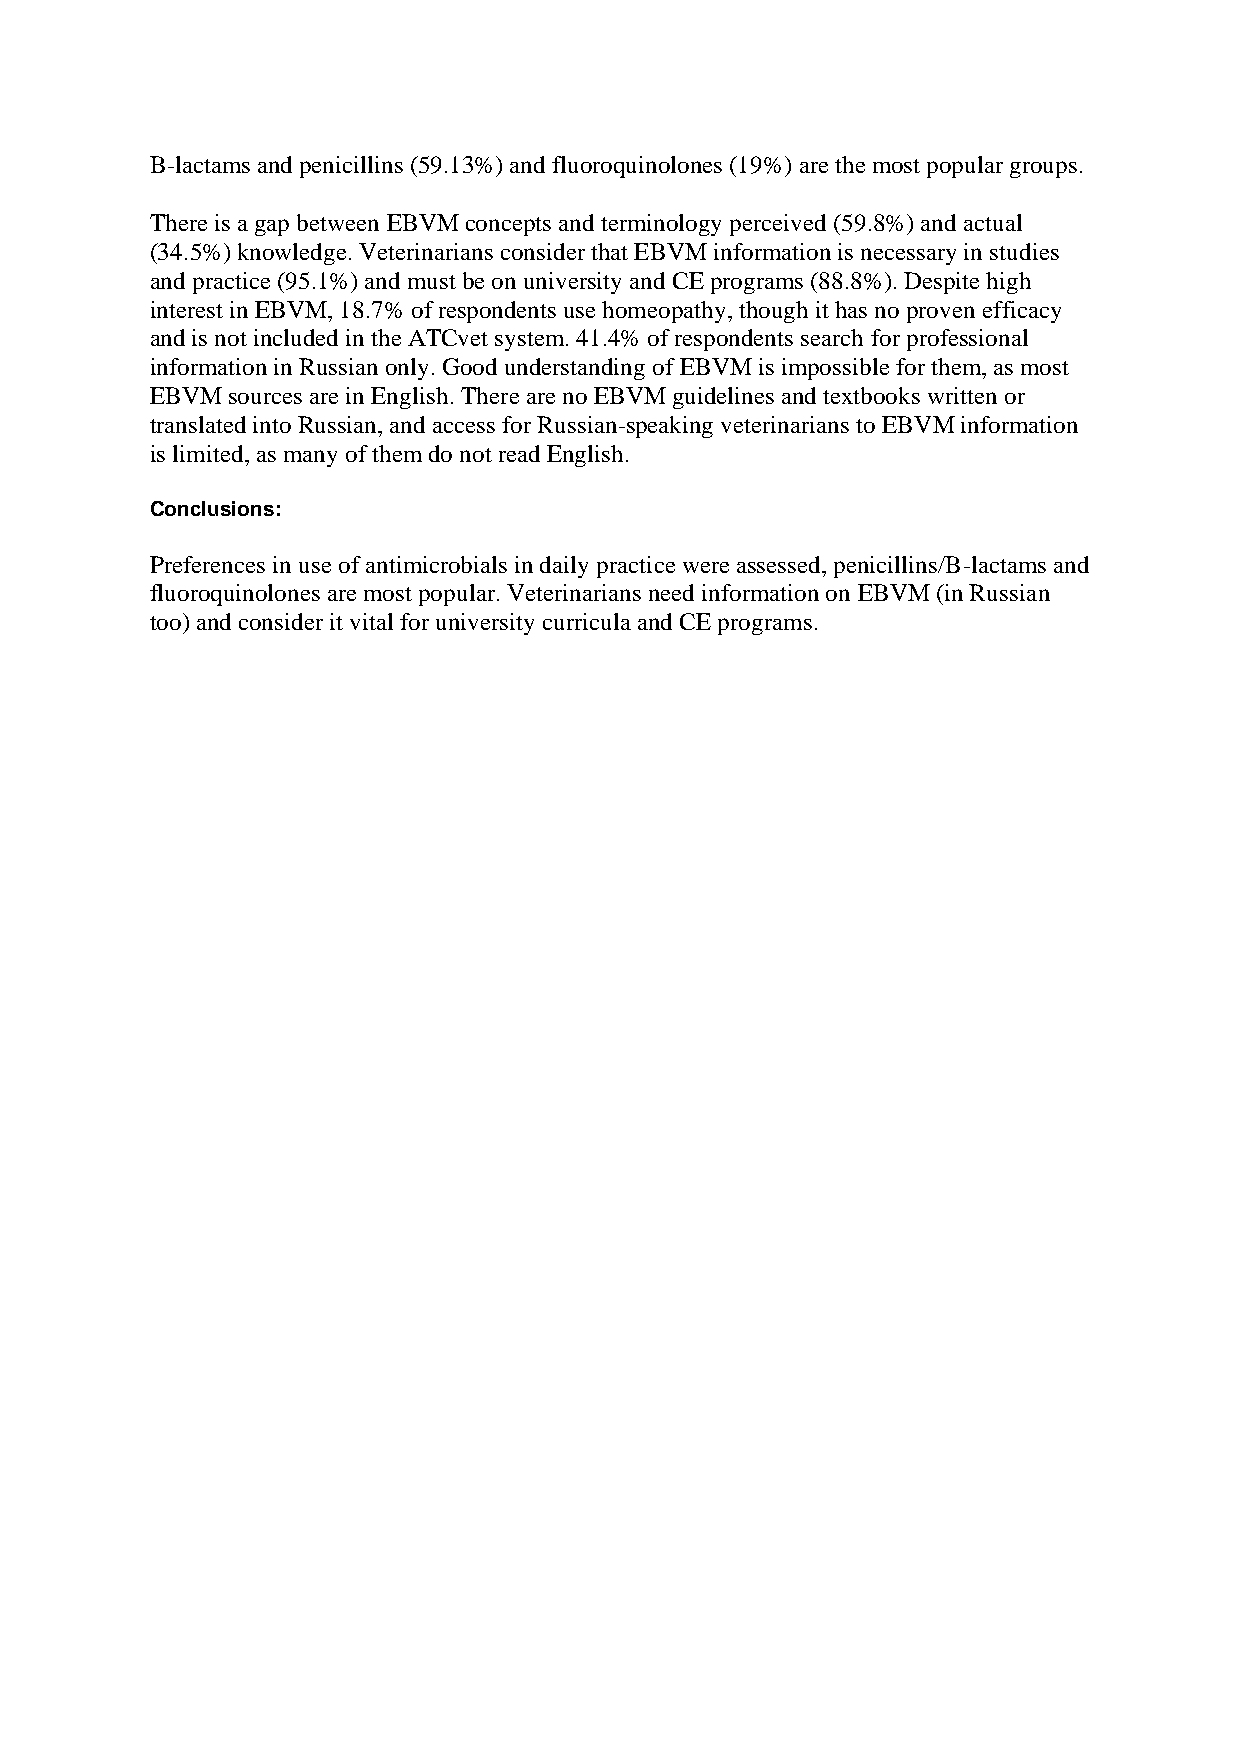
B-lactams and penicillins (59.13%) and fluoroquinolones (19%) are the most popular groups.
 There is a gap between EBVM concepts and terminology perceived (59.8%) and actual
 (34.5%) knowledge. Veterinarians consider that EBVM information is necessary in studies
 and practice (95.1%) and must be on university and CE programs (88.8%). Despite high
 interest in EBVM, 18.7% of respondents use homeopathy, though it has no proven efficacy
 and is not included in the ATCvet system. 41.4% of respondents search for professional
 information in Russian only. Good understanding of EBVM is impossible for them, as most
 EBVM sources are in English. There are no EBVM guidelines and textbooks written or
 translated into Russian, and access for Russian-speaking veterinarians to EBVM information
 is limited, as many of them do not read English.
 Conclusions:
 Preferences in use of antimicrobials in daily practice were assessed, penicillins/B-lactams and
 fluoroquinolones are most popular. Veterinarians need information on EBVM (in Russian
 too) and consider it vital for university curricula and CE programs.